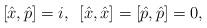
LaTeX: \begin{align*}[\hat{x},\hat{p}]=i , \enskip [\hat{x}, \hat{x}]=[\hat{p}, \hat{p}]=0 ,\end{align*}